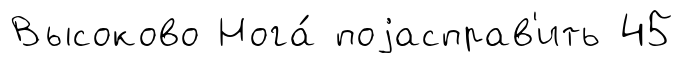
Высоково Нога́ поjасправ'ить 45